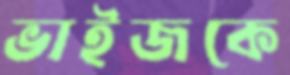
ভাইজকে